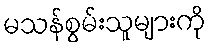
မသန်စွမ်းသူများကို